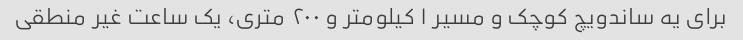
برای یه ساندویچ کوچک و مسیر ١ کیلومتر و ٢٠٠ متری، یک ساعت غیر منطقی